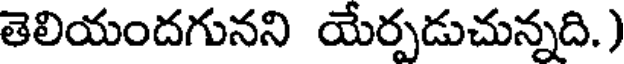
తెలియందగునని యేర్పడుచున్నది.)